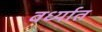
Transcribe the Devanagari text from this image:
वर्ध्यात